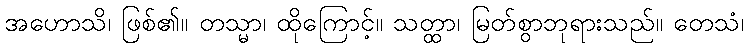
အဟောသိ၊ ဖြစ်၏။ တသ္မာ၊ ထိုကြောင့်။ သတ္ထာ၊ မြတ်စွာဘုရားသည်။ တေသံ၊